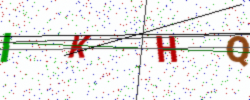
Text: IKHQ